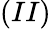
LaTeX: (II)